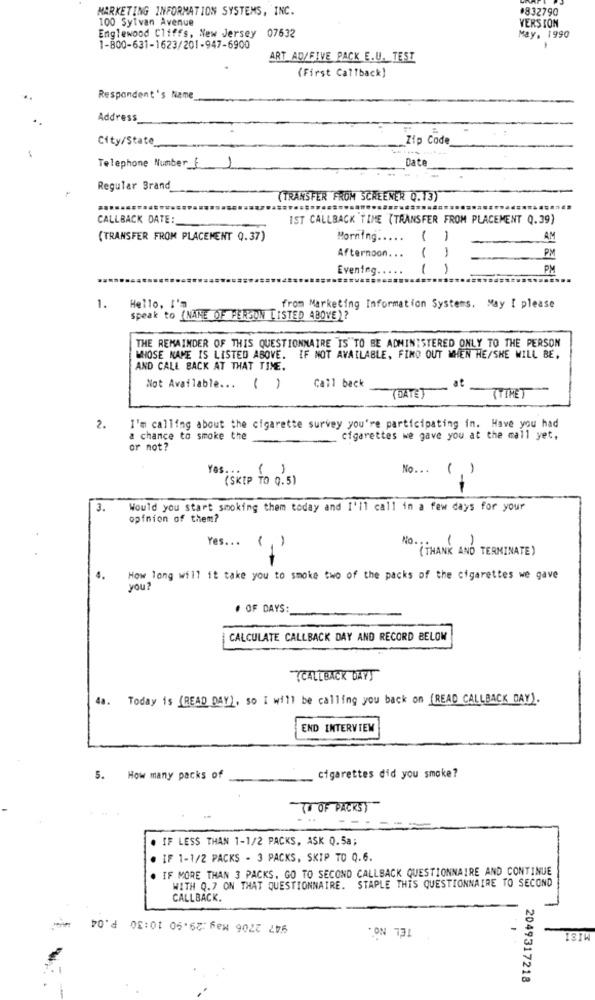
MARKETING INFORMATION SYSTEMS, INC.
#832790
100 Sylvan Avenue
VERSION
Englewood Cliffs, New Jersey 07632
May, 1990
1-800-631-1623/201-947-6900
.
ART AD/FIVE PACK E.U. TEST
(First Callback)
Respondent's Name
Address
City/State
Zip Code
Date
Telephone Number : )
Regular Brand
(TRANSFER FROM SCREENER 0.13)
CALLBACK DATE:
IST CALLBACK TIME (TRANSFER FROM PLACEMENT Q.39)
(TRANSFER FROM PLACEMENT Q.37)
Morning .....
1
AM
1
1
PM
Afternoon ...
Evening .....
1
1
PM
Hello, I'm
1.
from Marketing Information Systems. May I please
Speak to (NAME OF PERSON LISTED ABOVE)?
THE REMAINDER OF THIS QUESTIONNAIRE IS TO BE ADMINISTERED ONLY TO THE PERSON
WHOSE NAME IS LISTED ABOVE. IF NOT AVAILABLE, FIND OUT WHEN HE/SHE WILL BE,
AND CALL BACK AT THAT TIME.
at
Not Available ... ( )
Call back
(DATE)
(TTMET
2.
I'm calling about the cigarette survey you're participating in. Have you had
a chance to smoke the
cigarettes we gave you at the mall yet,
or not?
Yes.
( )
No ...
(.)
(SKIP TO 0.5)
3.
Would you start smoking them today and I'll call in a few days for your
opinion of them?
Yes .. .
1
No ... 11
(THANK AND TERMINATE)
-
4.
How long will it take you to smoke two of the packs of the cigarettes we gave
you?
# OF DAYS:
CALCULATE CALLBACK DAY AND RECORD BELOW
CALLBACK DAYS
4a. Today is (READ DAY), so I will be calling you back on (READ CALLBACK DAY).
END INTERVIEW
5. How many packs of
cigarettes did you smoke?
( OF PACKS)
. IF LESS THAN 1-1/2 PACKS, ASK Q.5a;
IF 1-1/2 PACKS - 3 PACKS, SKIP TO Q.6.
IF MORE THAN 3 PACKS. GO TO SECOND CALLBACK QUESTIONNAIRE AND CONTINUE
WITH Q.7 ON THAT QUESTIONNAIRE. STAPLE THIS QUESTIONNAIRE TO SECOND
CALLBACK.
947 2706 May :29.90 10:30 P.04
TEL NO.
ISTW
2049317218